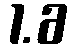
1.6